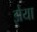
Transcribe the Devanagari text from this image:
झेया